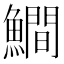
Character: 𩻾